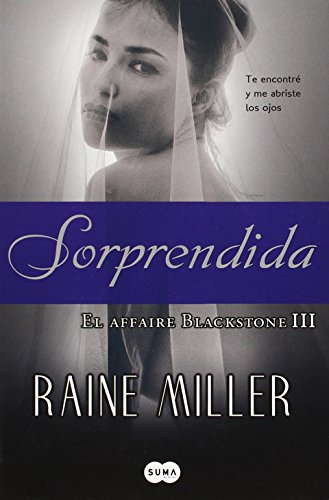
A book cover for Sorprendida (El Affaire Blackstone) (Spanish Edition); Raine Miller; Romance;